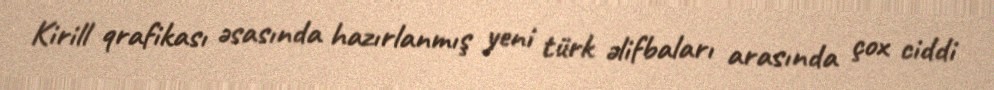
Kirill qrafikası əsasında hazırlanmış yeni türk əlifbaları arasında çox ciddi